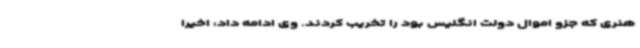
هنری که جزو اموال دولت انگلیس بود را تخریب کردند. وی ادامه داد: اخیرا